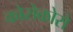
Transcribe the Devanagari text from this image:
कोरोकोरो